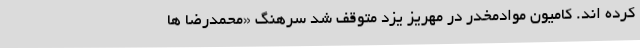
کرده اند. کامیون موادمخدر در مهریز یزد متوقف شد سرهنگ «محمدرضا ها